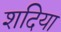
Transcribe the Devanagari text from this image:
शदिया